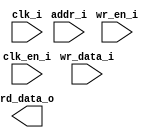
/*******************************************************************************
    Verilog netlist generated by IPGEN Radiant
    Soft IP Version: 1.0.0
    Mon Apr 01 12:09:04 2019
*******************************************************************************/
/*******************************************************************************
    Wrapper Module generated per user settings.
*******************************************************************************/
module rom_apds9500_cfg (clk_i, clk_en_i, wr_en_i, wr_data_i, addr_i,
    rd_data_o)/* synthesis syn_black_box syn_declare_black_box=1 */;
    input  clk_i;
    input  clk_en_i;
    input  wr_en_i;
    input  [15:0]  wr_data_i;
    input  [7:0]  addr_i;
    output  [15:0]  rd_data_o;
endmodule